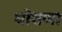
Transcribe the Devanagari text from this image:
धोशणा